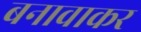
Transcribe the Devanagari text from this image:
बनावाकर